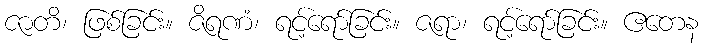
ဇာတိ၊ ဖြစ်ခြင်း။ ဇိရဏံ၊ ရင့်ရော်ခြင်း။ ဇရာ၊ ရင့်ရော်ခြင်း။ ဧတေန